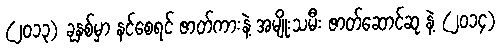
(၂၀၁၃) ခုနှစ်မှာ နင်စေရင် ဇာတ်ကားနဲ့ အမျိုးသမီး ဇာတ်ဆောင်ဆု နဲ့ (၂၀၁၄)